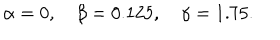
LaTeX: \alpha = 0 , \quad \beta = 0 . 1 2 5 , \quad \gamma = 1 . 7 5 .